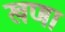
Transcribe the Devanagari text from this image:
खणा